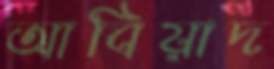
আবিয়াদ